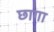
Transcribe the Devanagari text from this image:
छागा